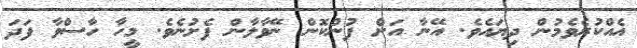
އެއްކުރެވެމުން ދިޔައެވެ. އޭނާ އަށް ފުންކޮން ނޭވާލާން ފެށުނެވެ. މީހާ ހާސްވާ ފަދަ